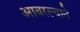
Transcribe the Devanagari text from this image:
आवरल्याने